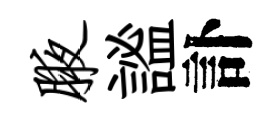
腋謐訃